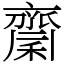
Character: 𪗉